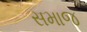
સમાજ